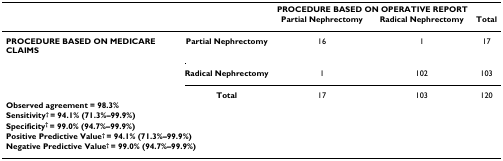
<table><thead><tr><td></td><td></td><td colspan="2"><b>PROCEDURE BASED ON OPERATIVE REPORT</b></td><td></td></tr><tr><td></td><td></td><td><b>Partial Nephrectomy</b></td><td><b>Radical Nephrectomy</b></td><td><b>Total</b></td></tr></thead><tbody><tr><td><b>PROCEDURE BASED ON MEDICARE CLAIMS</b></td><td><b>Partial Nephrectomy</b></td><td>16</td><td>1</td><td>17</td></tr><tr><td></td><td><b>Radical Nephrectomy</b></td><td>1</td><td>102</td><td>103</td></tr><tr><td></td><td><b>Total</b></td><td>17</td><td>103</td><td>120</td></tr><tr><td colspan="5"><b>Observed agreement = 98.3%</b></td></tr><tr><td colspan="5"><b>Sensitivity<sup>† </sup>= 94.1% (71.3%–99.9%)</b></td></tr><tr><td colspan="5"><b>Specificity<sup>† </sup>= 99.0% (94.7%–99.9%)</b></td></tr><tr><td colspan="5"><b>Positive Predictive Value<sup>† </sup>= 94.1% (71.3%–99.9%)</b></td></tr><tr><td colspan="5"><b>Negative Predictive Value<sup>† </sup>= 99.0% (94.7%–99.9%)</b></td></tr></tbody></table>